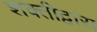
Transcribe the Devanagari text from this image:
शक्तीद्वारा